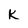
Character: K